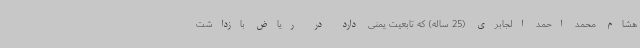
هشام محمد احمد الجابری (25 ساله) که تابعیت یمنی دارد در ریاض بازداشت